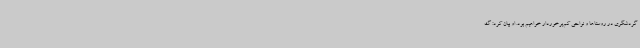
گردشگری در روستاها و نواحی کم‌برخوردار خواهیم بود. او بیان کرد: گ